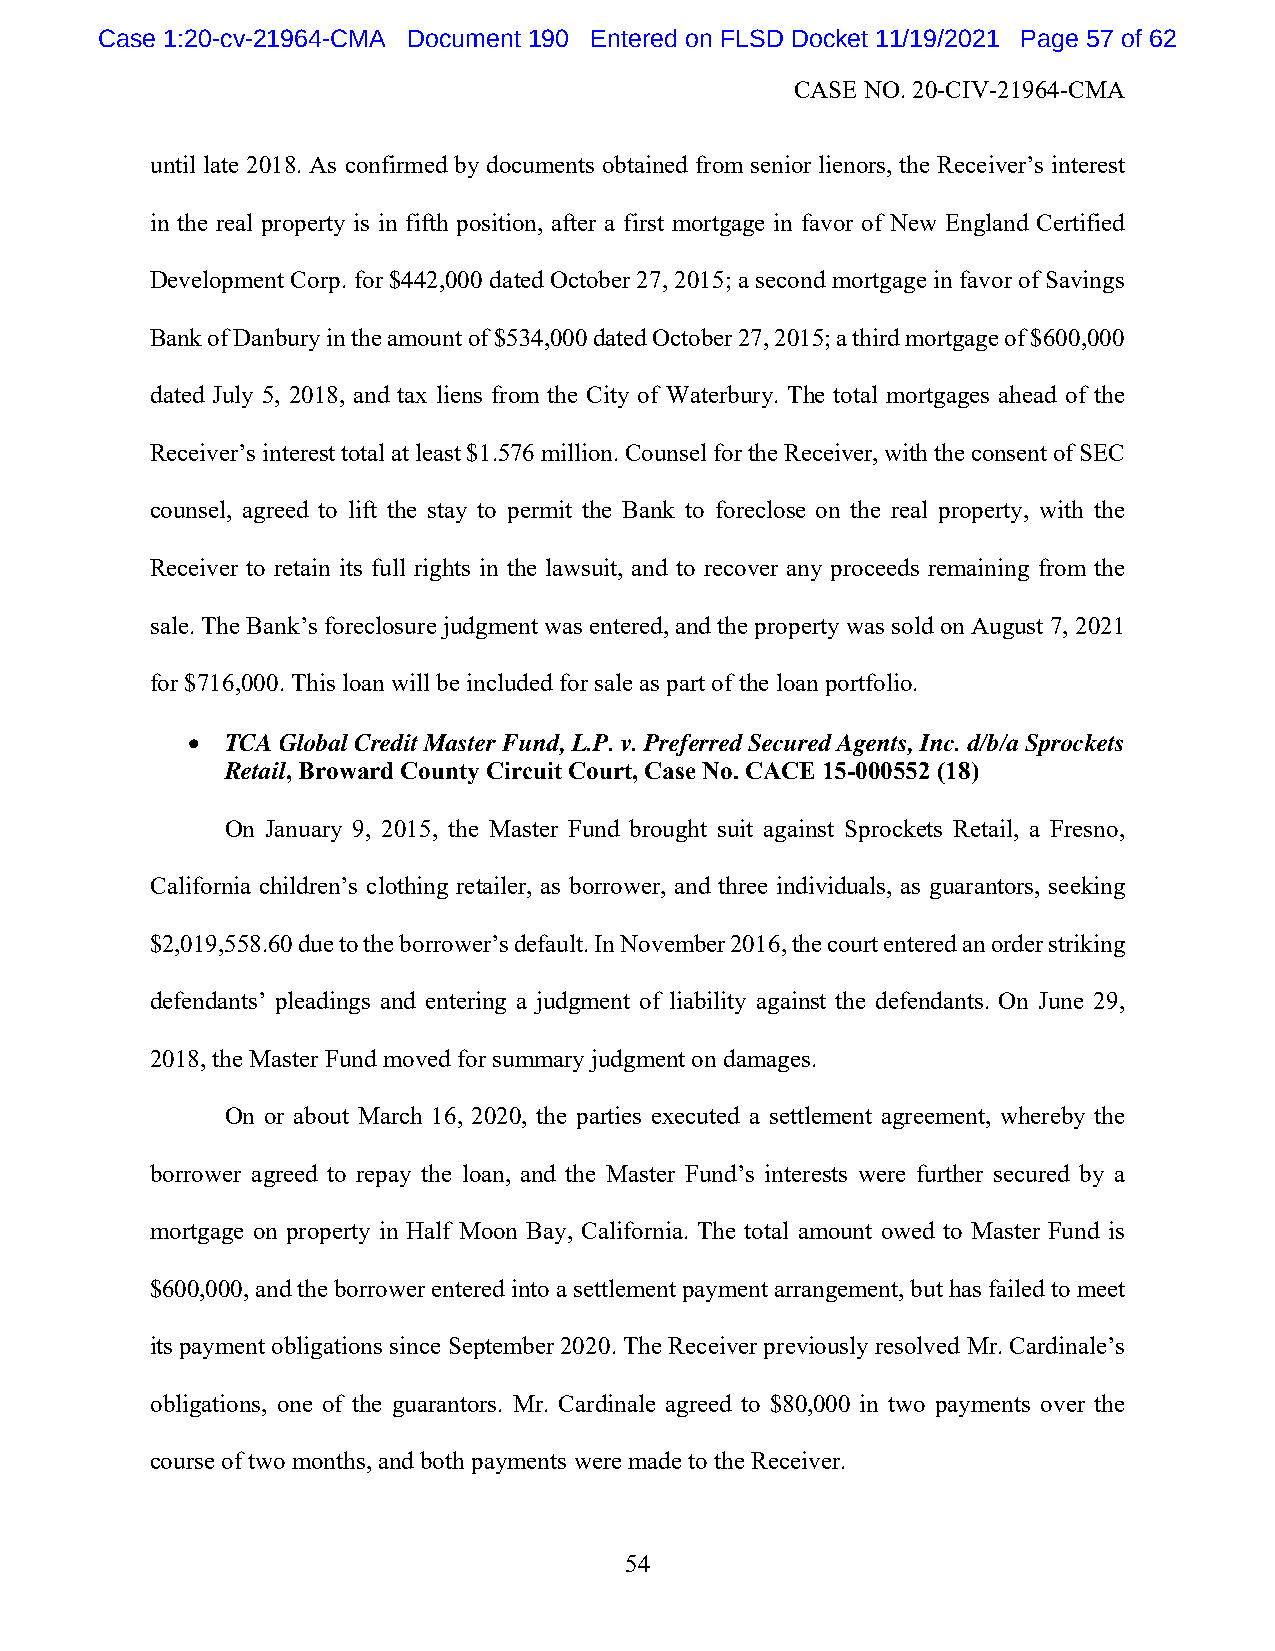
Case 1:20-cv-21964-CMA Document 190 Entered on FLSD Docket 11/19/2021 Page 57 of 62
 CASE NO. 20-CIV-21964-CMA
 until late 2018. As confirmed by documents obtained from senior lienors, the Receiver’s interest
 in the real property is in fifth position, after a first mortgage in favor of New England Certified
 Development Corp. for $442,000 dated October 27, 2015; a second mortgage in favor of Savings
 Bank of Danbury in the amount of $534,000 dated October 27, 2015; a third mortgage of $600,000
 dated July 5, 2018, and tax liens from the City of Waterbury. The total mortgages ahead of the
 Receiver’s interest total at least $1.576 million. Counsel for the Receiver, with the consent of SEC
 counsel, agreed to lift the stay to permit the Bank to foreclose on the real property, with the
 Receiver to retain its full rights in the lawsuit, and to recover any proceeds remaining from the
 sale. The Bank’s foreclosure judgment was entered, and the property was sold on August 7, 2021
 for $716,000. This loan will be included for sale as part of the loan portfolio.
   TCA Global Credit Master Fund, L.P. v. Preferred Secured Agents, Inc. d/b/a Sprockets
 Retail, Broward County Circuit Court, Case No. CACE 15-000552 (18)
 On January 9, 2015, the Master Fund brought suit against Sprockets Retail, a Fresno,
 California children’s clothing retailer, as borrower, and three individuals, as guarantors, seeking
 $2,019,558.60 due to the borrower’s default. In November 2016, the court entered an order striking
 defendants’ pleadings and entering a judgment of liability against the defendants. On June 29,
 2018, the Master Fund moved for summary judgment on damages.
 On or about March 16, 2020, the parties executed a settlement agreement, whereby the
 borrower agreed to repay the loan, and the Master Fund’s interests were further secured by a
 mortgage on property in Half Moon Bay, California. The total amount owed to Master Fund is
 $600,000, and the borrower entered into a settlement payment arrangement, but has failed to meet
 its payment obligations since September 2020. The Receiver previously resolved Mr. Cardinale’s
 obligations, one of the guarantors. Mr. Cardinale agreed to $80,000 in two payments over the
 course of two months, and both payments were made to the Receiver.
 54